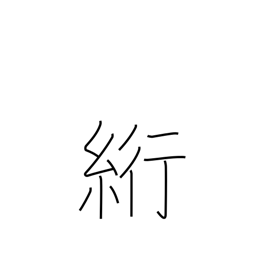
Meaning: blindstitch